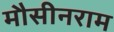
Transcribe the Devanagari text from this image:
मौसीनराम